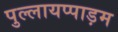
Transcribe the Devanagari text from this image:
पुल्लायप्पाड़म